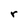
Character: r